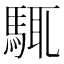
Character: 𩣘